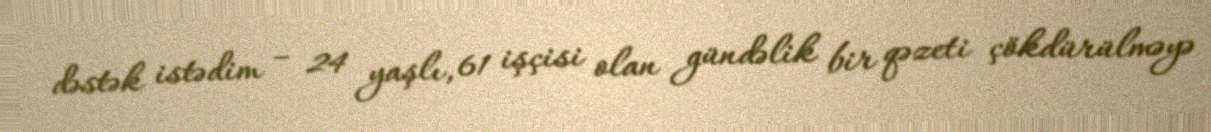
dəstək istədim – 24 yaşlı, 61 işçisi olan gündəlik bir qəzeti çökdürülməyə